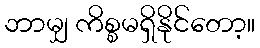
ဘာမျှ ကိစ္စမရှိနိုင်တော့။